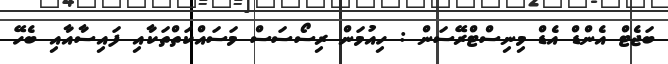
ބަޖެޓް އެންޑް އެޑް މިނިސްޓްރޭސަން : ހިއުމަން ރިސޯސަސް މަސައްކަތްތަކާއި ފައިސާއާއި ބެހޭ